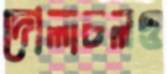
দোলাচলও